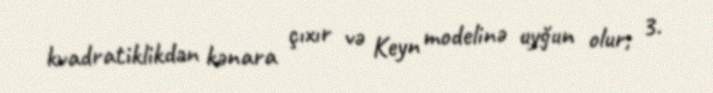
kvadratiklikdən kənara çıxır və Keyn modelinə uyğun olur; 3.